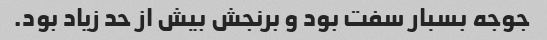
جوجه بسبار سفت بود و برنجش بیش از حد زیاد بود.